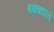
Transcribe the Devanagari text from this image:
बक्कारत